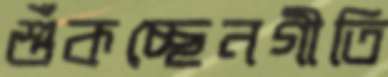
শুঁকচ্ছেনগীতি